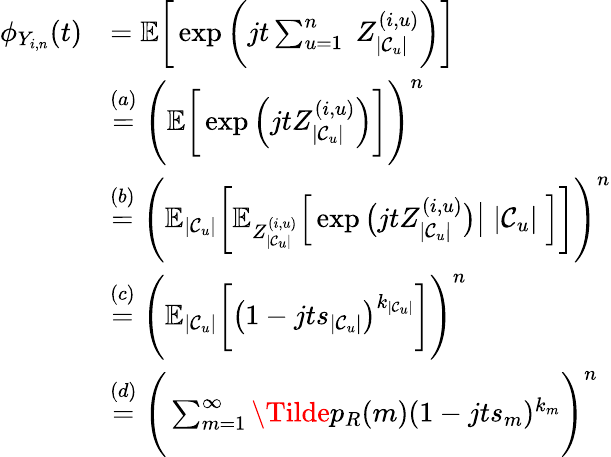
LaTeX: \begin{array}{rl}{\phi_{Y_{i,n}}(t)}&{=\mathbb{E}\bigg[\exp\bigg(jt\sum_{u=1}^{n}\; Z_{|\mathcal{C}_{u}|}^{(i,u)}\bigg)\bigg]}\\ &{\stackrel{(a)}{=}\Bigg(\mathbb{E}\bigg[\exp\Big(jtZ_{|\mathcal{C}_{u}|}^{(i,u)}\Big)\bigg]\Bigg)^{n}}\\ &{\stackrel{(b)}{=}\Bigg(\mathbb{E}_{|\mathcal{C}_{u}|}\bigg[\mathbb{E}_{Z_{|\mathcal{C}_{u}|}^{(i,u)}}\Big[\exp\big(jtZ_{|\mathcal{C}_{u}|}^{(i,u)}\big)\big|\; |\mathcal{C}_{u}|\; \Big]\bigg]\Bigg)^{n}}\\ &{\stackrel{(c)}{=}\Bigg(\mathbb{E}_{|\mathcal{C}_{u}|}\bigg[\big(1-jts_{|\mathcal{C}_{u}|}\big)^{k_{|\mathcal{C}_{u}|}}\bigg]\Bigg)^{n}}\\ &{\stackrel{(d)}{=}\Bigg(\sum_{m=1}^{\infty}\Tilde{p}_{R}(m)(1-jts_{m})^{k_{m}}\Bigg)^{n}}\end{array}